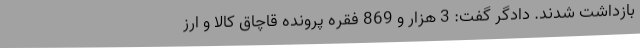
بازداشت شدند. دادگر گفت: 3 هزار و 869 فقره پرونده قاچاق کالا و ارز